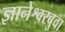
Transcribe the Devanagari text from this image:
ज्ञानेश्वरबुवा